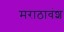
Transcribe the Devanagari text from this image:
मराठावंश